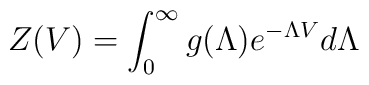
Z(V) = \int_0^\infty g(\Lambda) e^{-\Lambda V} d\Lambda